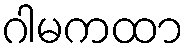
ဂါမကထာ